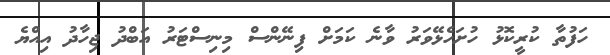
ހަފުތާ ކުރީކޮޅު ހުށަހެޅޭވަރު ވާނެ ކަމަށް ފިނޭންސް މިނިސްޓަރު އަބްދު ޖިހާދު އިއްޔެ